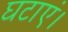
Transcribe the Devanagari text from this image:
घटाएं।